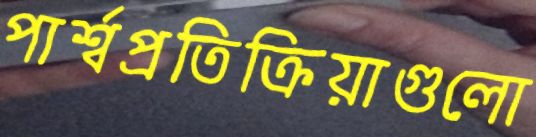
পার্শ্বপ্রতিক্রিয়াগুলো